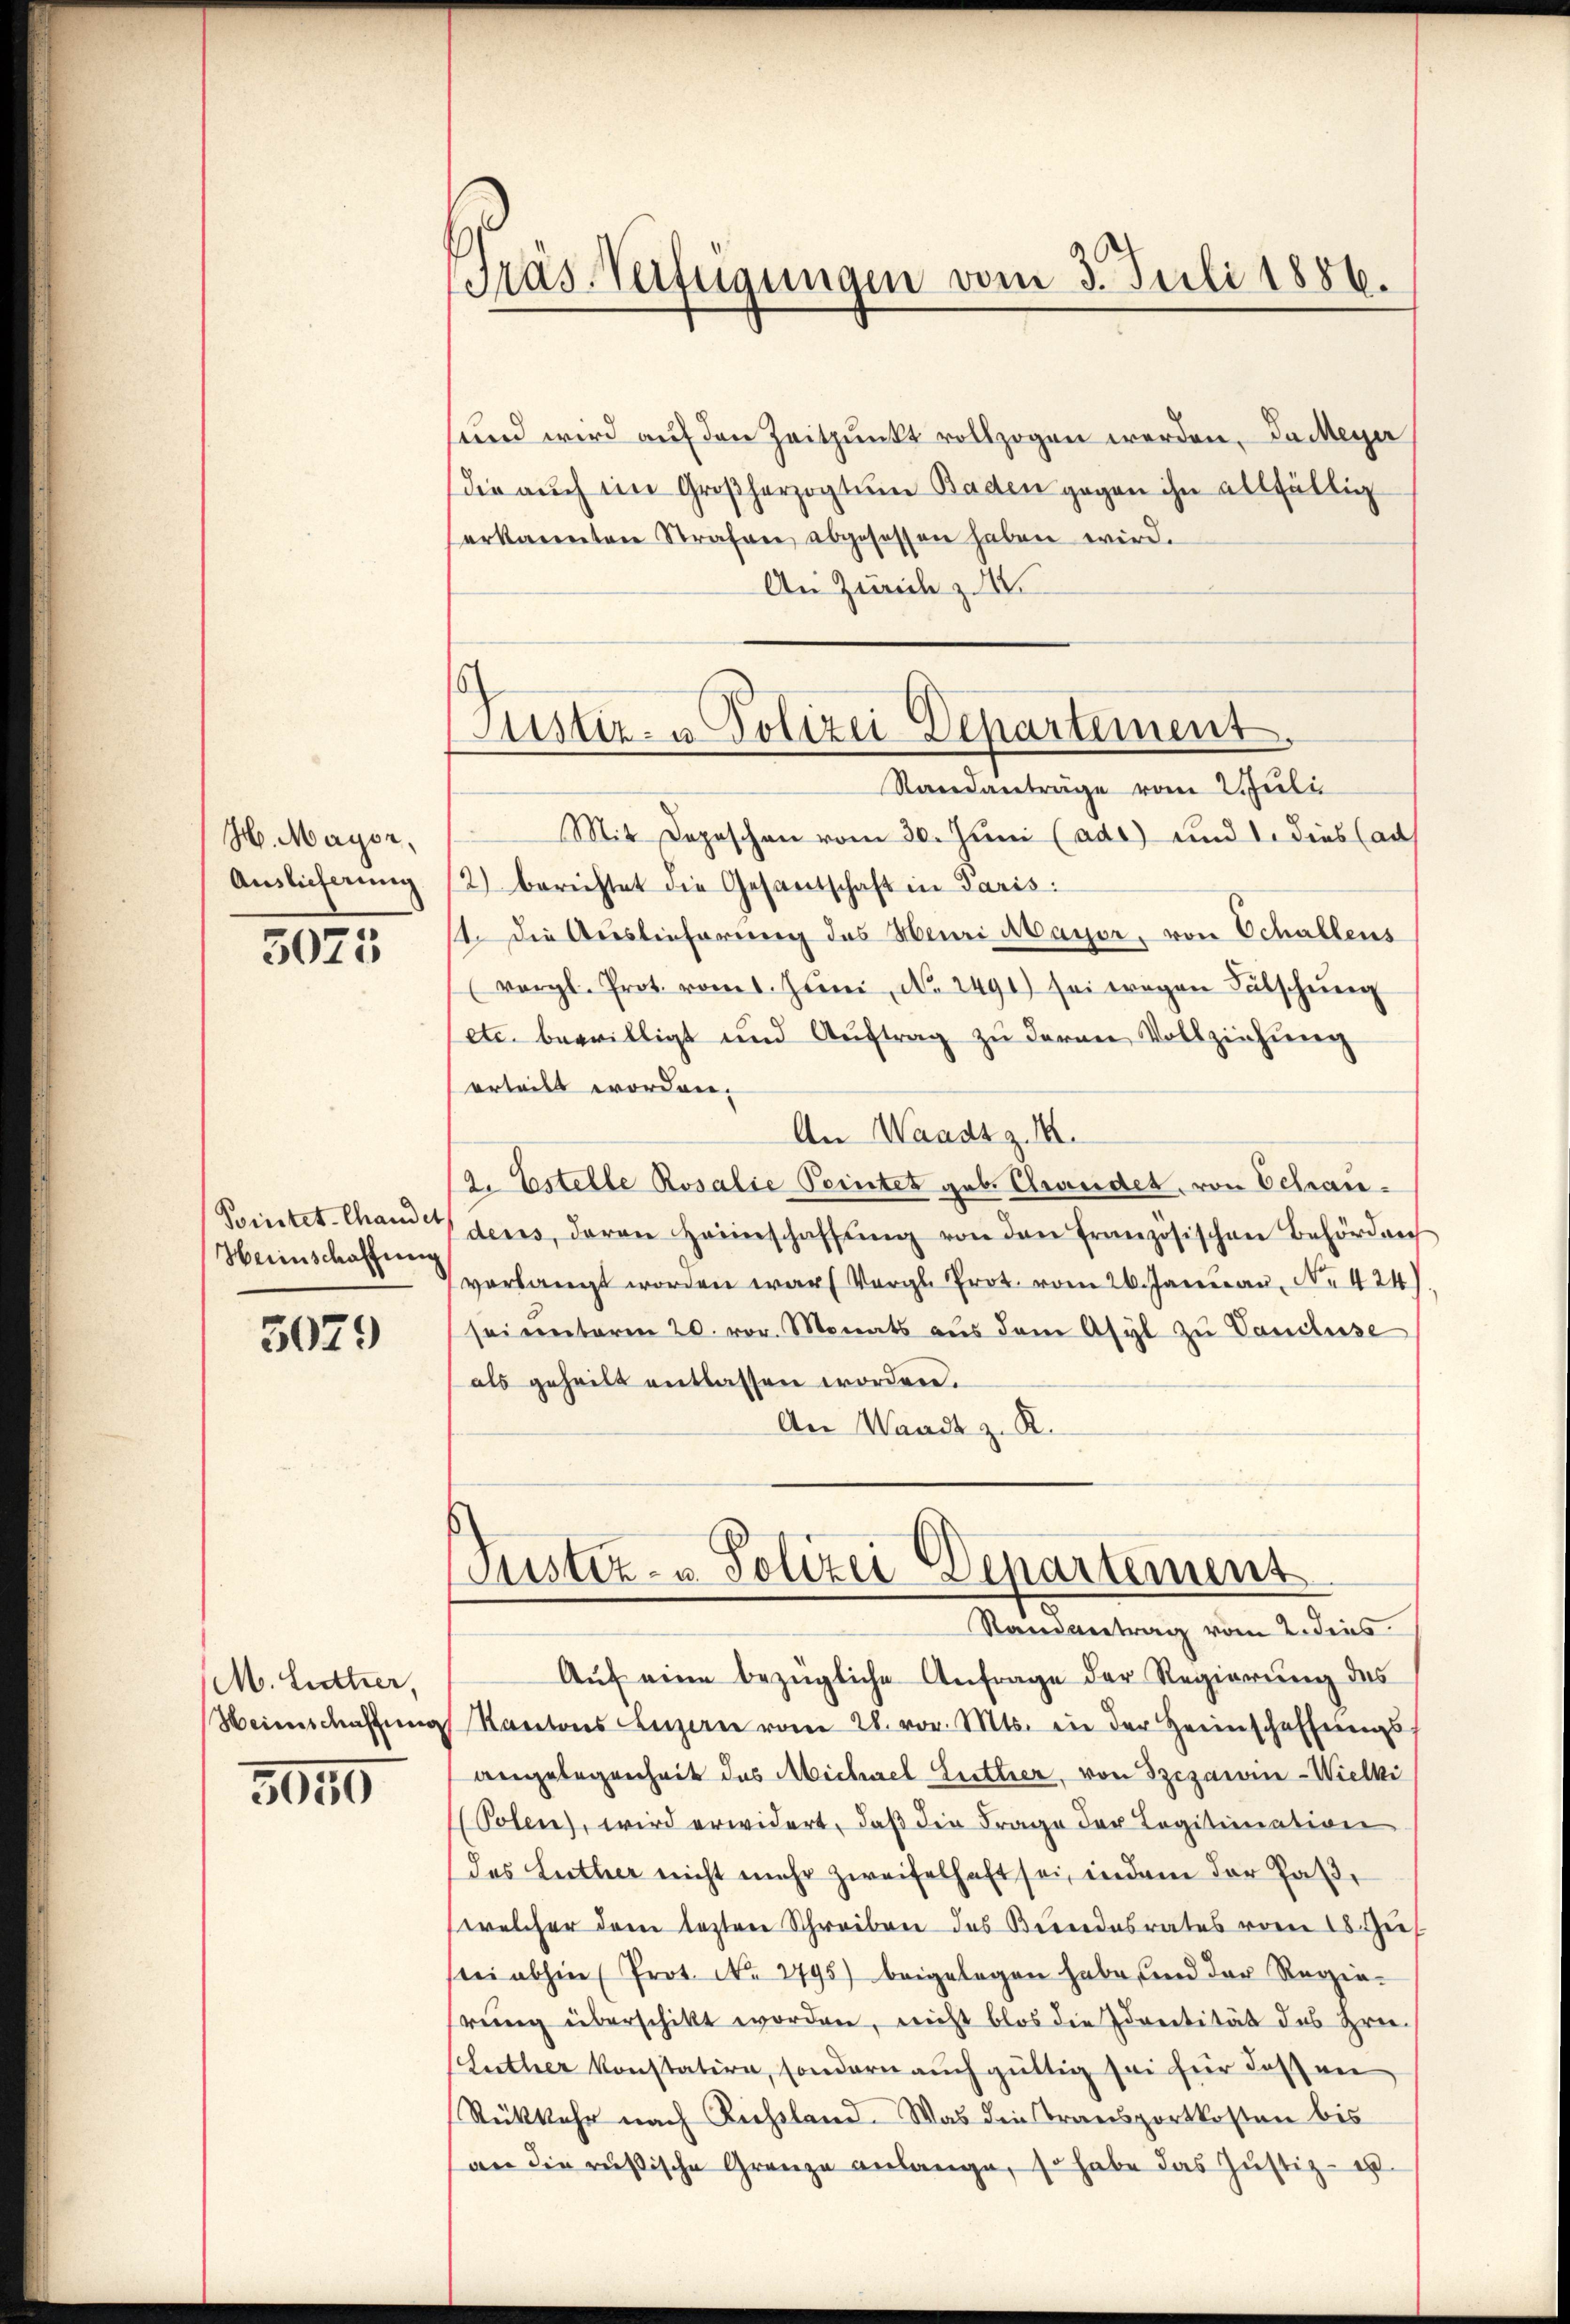
H. Mayor,
Auslieferung

3075

Pointet-Chandet
Heimschaffung

3029

M. Lutter,
Heinschaftung

5059

räs Verfügungen vom 3. Juli 1886.

Justiz- & Polizei Departement
Standanträge vom 2. Juli

sund wird auf den Zeitpunkt vollzogen werden. Da Meyer
die auch im Großherzogtum Baden gegen ihn allfällig
erkannten Strafen abgesessen haben wird.
An Zürich z
Mit Depeschen vom 30. Juni (ado) und 1. dies au
2) berichtet die Gesandschaft in Paris.
st. Die Auslieferung des Meuri Mayer, von Schallens
(vergl. Prot. vom 1. Juni, No. 2491) sei wegen Lätschŭng
etc. bewilligt und Aŭftrag zŭ deren Vollziehŭng
erteilt worden.
An Waadt z. M.
2. Estelle Rosalie Pointet geb. Grander, von Schrandens, deren Heimschaffŭng von den Französischen Behörden
verlangt worden war Vergl. Prot. vom 26. Januar, No 424)
sei unterm 20. vor. Monats aŭs dem Asyl zŭ Vandluse
als geheilt entlassen worden.
An Waadt z. K.
Puster- u. Polizei Departement
Randantrag vom 2. dies
Aŭf eine bezügliche Anfrage der Regierung des
Kantons Luzern vom 28. vor. Mts. in der Heimschaffungs
angelegenheit das Michael Lutter, von Szezanen-Wielki
(Polen), wird erwidert, daß die Frage der Legitimation
des Luther nicht mehr zweifelhaft sei, indem der Hase
welcher dem lezten Schreiben des Beendesrates von 18 dies
sei abhin (Prot. No. 2795) beigelegen habe, und der Regie-
rung überschikt worden, nicht blos die Irrentität des Hrn.
(Luther konstatire, sondern auch gültig sei für dassen
Rükkehr nach Richtland. Was die Transportkosten bis
an die russische Grenze anlange, so habe das Justiz- u.